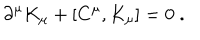
\partial ^ { \mu } K _ { \mu } + [ C ^ { \mu } , K _ { \mu } ] = 0 \; .